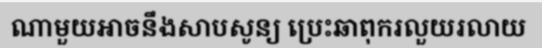
ណាមួយអាចនឹងសាបសូន្យ ប្រេះឆាពុករលួយរលាយ